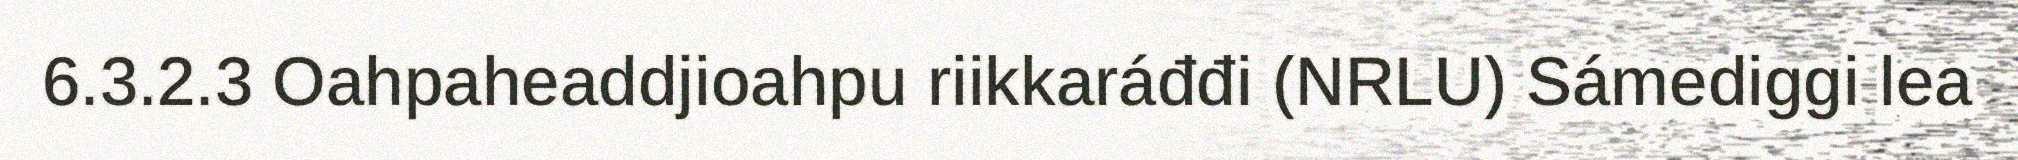
6.3.2.3 Oahpaheaddjioahpu riikkaráđđi (NRLU) Sámediggi lea